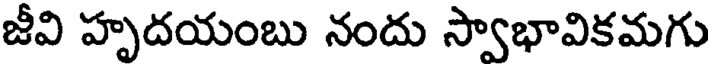
జీవి హృదయంబు నందు స్వాభావికమగు